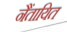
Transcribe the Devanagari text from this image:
नैंतायित